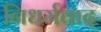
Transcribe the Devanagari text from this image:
निधर्मवाद